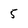
Character: 5